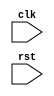
module timing_control (
    input clk,
    input rst,
    // add any other input signals here
    // add any output signals here
);

// timing control block verilog code here

endmodule